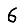
Digit: 6